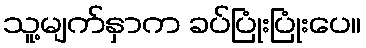
သူ့မျက်နှာက ခပ်ပြုံးပြုံးပေ။